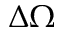
\Delta \Omega